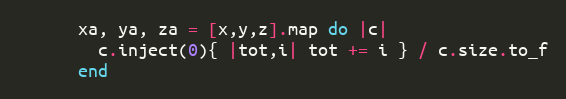
Language: Ruby
      xa, ya, za = [x,y,z].map do |c|
        c.inject(0){ |tot,i| tot += i } / c.size.to_f
      end